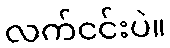
လက်ငင်းပဲ။